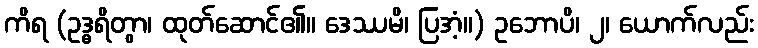
ကိရ (ဥဒ္ဓရိတွာ၊ ထုတ်ဆောင်၏။ ဒေဿမိ၊ ပြအံ့။) ဥဘောပိ၊ ၂၊ ယောက်လည်း